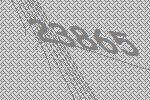
23865